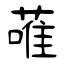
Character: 蓶